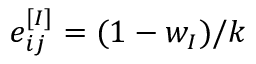
e _ { i j } ^ { [ I ] } = ( 1 - w _ { I } ) / k